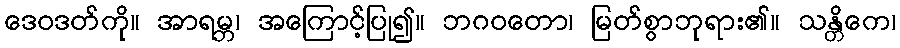
ဒေဝဒတ်ကို။ အာရမ္ဘ၊ အကြောင့်ပြု၍။ ဘဂဝတော၊ မြတ်စွာဘုရား၏။ သန္တိကေ၊